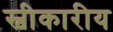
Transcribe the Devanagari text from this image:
स्वीकारीय